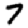
Digit: 7